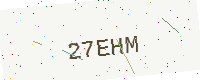
Text: 27EHM